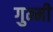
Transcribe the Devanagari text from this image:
गुम्मी